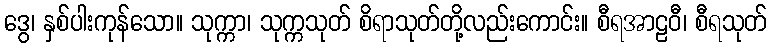
ဒွေ၊ နှစ်ပါးကုန်သော။ သုက္ကာ၊ သုက္ကသုတ် စိရာသုတ်တို့လည်းကောင်း။ စီရအာဠဝီ၊ စီရသုတ်